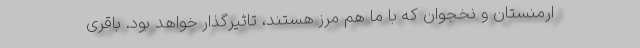
ارمنستان و نخجوان که با ما هم مرز هستند، تاثیرگذار خواهد بود. باقری